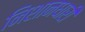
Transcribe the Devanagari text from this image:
निशानधारी